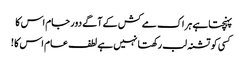
پہنچتاہے ہر اک مے کش کے آگے دور جام اس کا
کسی کو تشنہ لب رکھتا نہیں ہے لطف عام اس کا !